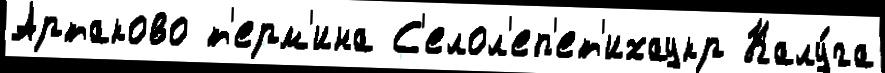
Артаково т'ерм'ина С'елол'еп'ет'ихаукр Калу́га